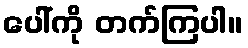
ပေါ်ကို တက်ကြပါ။